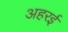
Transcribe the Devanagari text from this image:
अहरई